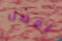
أفضل